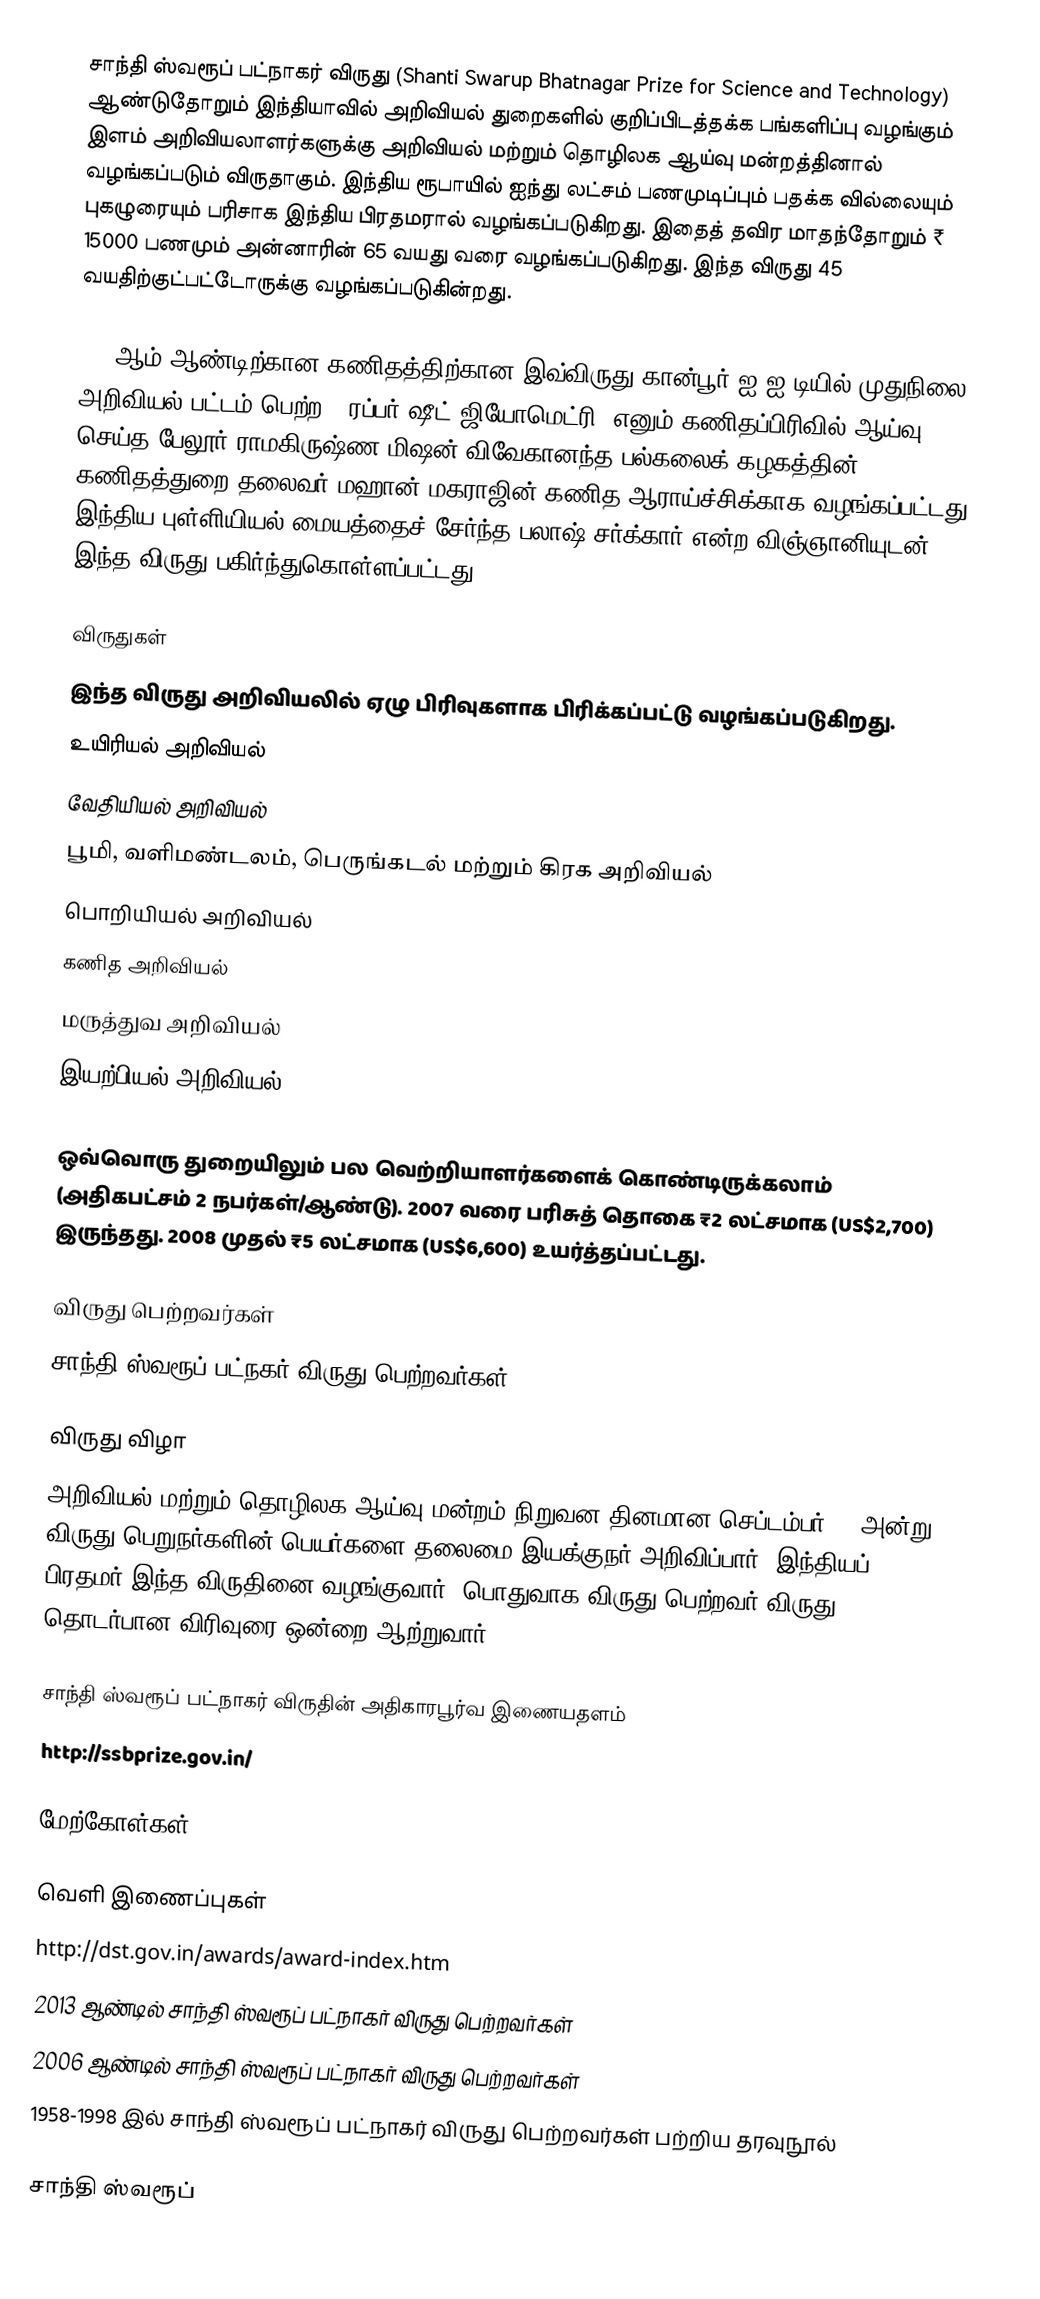
சாந்தி ஸ்வரூப் பட்நாகர் விருது (Shanti Swarup Bhatnagar Prize for Science and Technology) ஆண்டுதோறும் இந்தியாவில் அறிவியல் துறைகளில் குறிப்பிடத்தக்க பங்களிப்பு வழங்கும் இளம் அறிவியலாளர்களுக்கு அறிவியல் மற்றும் தொழிலக ஆய்வு மன்றத்தினால் வழங்கப்படும் விருதாகும். இந்திய ரூபாயில் ஐந்து லட்சம் பணமுடிப்பும் பதக்க வில்லையும் புகழுரையும் பரிசாக இந்திய பிரதமரால் வழங்கப்படுகிறது. இதைத் தவிர மாதந்தோறும் ₹ 15000 பணமும் அன்னாரின் 65 வயது வரை வழங்கப்படுகிறது. இந்த விருது 45 வயதிற்குட்பட்டோருக்கு வழங்கப்படுகின்றது.

2011ஆம் ஆண்டிற்கான கணிதத்திற்கான இவ்விருது கான்பூர் ஐ.ஐ.டியில் முதுநிலை அறிவியல் பட்டம் பெற்ற, ’ரப்பர் ஷீட் ஜியோமெட்ரி’ எனும் கணிதப்பிரிவில் ஆய்வு செய்த பேலூர் ராமகிருஷ்ண மிஷன் விவேகானந்த பல்கலைக் கழகத்தின் கணிதத்துறை தலைவர் மஹான் மகராஜின் கணித ஆராய்ச்சிக்காக வழங்கப்பட்டது. இந்திய புள்ளியியல் மையத்தைச் சேர்ந்த பலாஷ் சர்க்கார் என்ற விஞ்ஞானியுடன் இந்த விருது பகிர்ந்துகொள்ளப்பட்டது.

விருதுகள்
இந்த விருது அறிவியலில் ஏழு பிரிவுகளாக பிரிக்கப்பட்டு வழங்கப்படுகிறது.
 உயிரியல் அறிவியல்
 வேதியியல் அறிவியல்
 பூமி, வளிமண்டலம், பெருங்கடல் மற்றும் கிரக அறிவியல்
 பொறியியல் அறிவியல்
 கணித அறிவியல்
 மருத்துவ அறிவியல்
 இயற்பியல் அறிவியல்.

ஒவ்வொரு துறையிலும் பல வெற்றியாளர்களைக் கொண்டிருக்கலாம் (அதிகபட்சம் 2 நபர்கள்/ஆண்டு). 2007 வரை பரிசுத் தொகை ₹2 லட்சமாக (US$2,700) இருந்தது. 2008 முதல் ₹5 லட்சமாக (US$6,600) உயர்த்தப்பட்டது.

விருது பெற்றவர்கள்
 சாந்தி ஸ்வரூப் பட்நகர் விருது பெற்றவர்கள்

விருது விழா
அறிவியல் மற்றும் தொழிலக ஆய்வு மன்றம் நிறுவன தினமான செப்டம்பர் 26 அன்று விருது பெறுநர்களின் பெயர்களை தலைமை இயக்குநர் அறிவிப்பார். இந்தியப் பிரதமர் இந்த விருதினை வழங்குவார். பொதுவாக விருது பெற்றவர் விருது தொடர்பான விரிவுரை ஒன்றை ஆற்றுவார்.

சாந்தி ஸ்வரூப் பட்நாகர் விருதின் அதிகாரபூர்வ இணையதளம்
http://ssbprize.gov.in/

மேற்கோள்கள்

வெளி இணைப்புகள்
 http://dst.gov.in/awards/award-index.htm
 2013 ஆண்டில் சாந்தி ஸ்வரூப் பட்நாகர் விருது பெற்றவர்கள்
 2006 ஆண்டில் சாந்தி ஸ்வரூப் பட்நாகர் விருது பெற்றவர்கள்
 1958-1998 இல் சாந்தி ஸ்வரூப் பட்நாகர் விருது பெற்றவர்கள் பற்றிய தரவுநூல்

சாந்தி ஸ்வரூப்